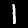
Digit: 1